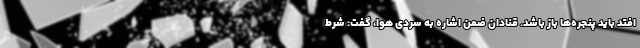
افتد باید پنجره‌ها باز باشد. قنادان ضمن اشاره به سردی هوا، گفت: شرط